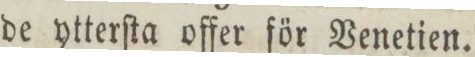
de ytterſta offer för Venetien.